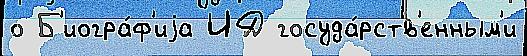
о Б'иогра́ф'иjа ИД госуда́рств'енным'и